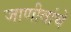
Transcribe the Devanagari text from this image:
जाणीवांचे